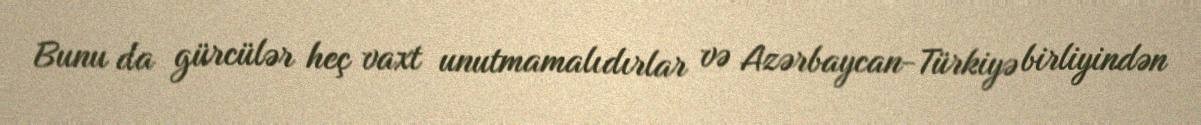
Bunu da gürcülər heç vaxt unutmamalıdırlar və Azərbaycan-Türkiyə birliyindən